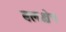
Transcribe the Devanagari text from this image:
बलक्षेत्र